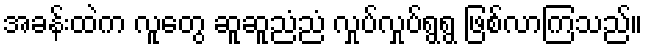
အခန်းထဲက လူတွေ ဆူဆူညံညံ လှုပ်လှုပ်ရွရွ ဖြစ်လာကြသည်။